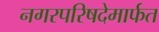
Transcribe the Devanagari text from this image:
नगरपरिषदेमार्फत